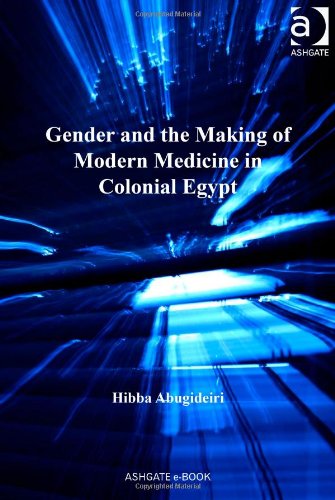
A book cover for Gender and the Making of Modern Medicine in Colonial Egypt (Empires and the Making of the Modern World, 1650-2000); Hibba Abugideiri; Medical Books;